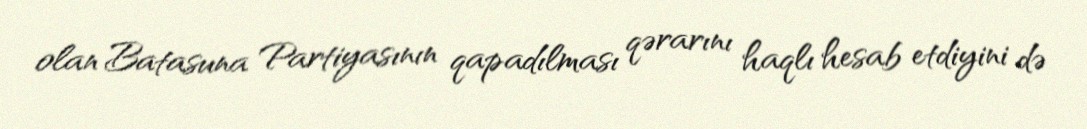
olan Batasuna Partiyasının qapadılması qərarını haqlı hesab etdiyini də